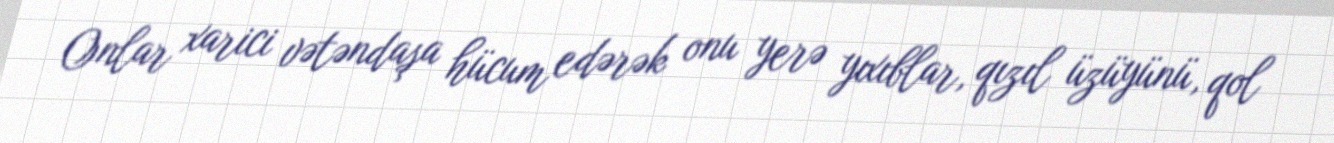
Onlar xarici vətəndaşa hücum edərək onu yerə yıxıblar, qızıl üzüyünü, qol